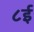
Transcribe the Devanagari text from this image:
८ई